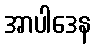
အာပါဒေန